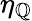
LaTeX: \eta_{\mathbb{Q}}